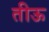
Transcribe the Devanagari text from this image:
तीऊ